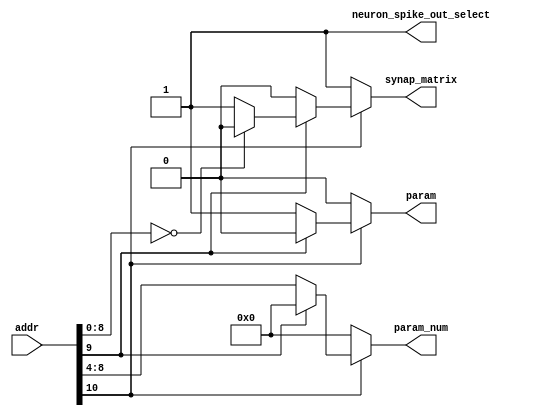
// Memory map
// synapse_matrix: 0x3000_0000 - 0x3000_03FF
// param0:         0x3000_0400 - 0x3000_040B
// ...
// param31:        0x3000_05F0 - 0x3000_05FB
// spike_out:      0x3000_0600 - 0x3000_0603


module slice_decoder (
    input [31:0] addr,
    output reg synap_matrix,
    output reg [4:0] param_num,   // Will be valid only if address is in param range
    output reg neuron_spike_out_select,
    output reg param
);

    always @(addr) begin
        // Default outputs to 0
        synap_matrix = 0;
        param = 0;
        param_num = 5'b0;
        neuron_spike_out_select = 1;

        // Decode based on addr[10:9] 
        if(addr[10])begin
            if (addr[9]) begin
                if (addr[8:0]==0) neuron_spike_out_select = 1; // => 0x3000_0600 => bits [11:8] = 6 = 0110
                else synap_matrix = 1;
            end
            else begin
                param = 1;
                param_num = addr[8:4];
            end
        end
        else synap_matrix = 1;
    end

endmodule